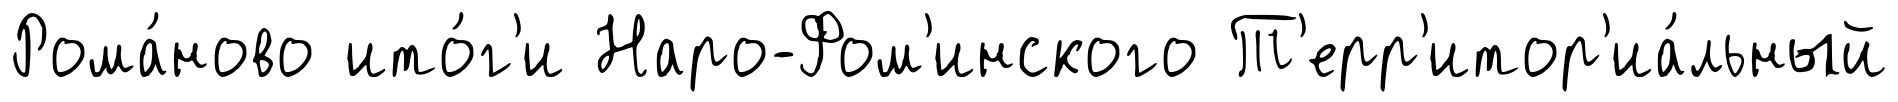
Рома́ново ито́г'и Наро-Фом'инского Т'ерр'итор'иа́льный